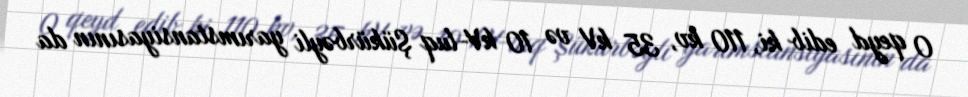
O qeyd edib ki, 110 kv, 35 kV və 10 kV-luq Şükürbəyli yarımstansiyasının da